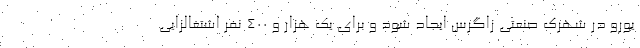
یورو در شهرک صنعتی زاگرس ایجاد شود و برای یک هزار و ۴۰۰ نفر اشتغالزایی